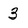
Character: 3